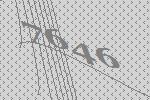
7646